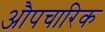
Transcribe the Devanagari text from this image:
अाैपचारिक